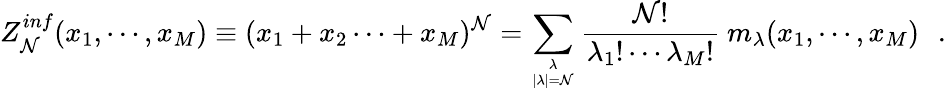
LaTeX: Z_{\mathcal{N}}^{inf}(x_{1},\cdots,x_{M})\equiv(x_{1}+x_{2}\cdots+x_{M})^{\mathcal{N}}=\sum_{\lambda\atop{|\lambda|=\mathcal{N}}}{\frac{{\mathcal{N}!}}{{\lambda_{1}!\cdots\lambda_{M}!}}}~m_{\lambda}(x_{1},\cdots,x_{M})\, \, \, \, .